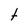
Character: t